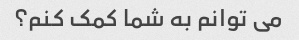
می توانم به شما کمک کنم؟